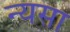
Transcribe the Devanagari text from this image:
न्यसा